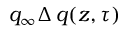
q _ { \infty } \Delta \, q ( z , \tau )